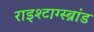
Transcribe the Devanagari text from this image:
राइश्टाग्स्ब्रांड